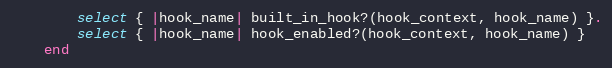
Language: Ruby
        select { |hook_name| built_in_hook?(hook_context, hook_name) }.
        select { |hook_name| hook_enabled?(hook_context, hook_name) }
    end